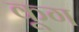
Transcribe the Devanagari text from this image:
कूग